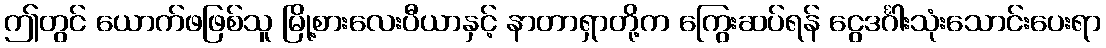
ဤတွင် ယောက်ဖဖြစ်သူ မြို့စားလေးပီယာနှင့် နာတာရှာတို့က ကြွေးဆပ်ရန် ငွေဒင်္ဂါးသုံးသောင်းပေးရာ